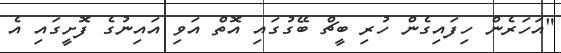
"އަހަރެން ހިފައިގެން ހުރި ބީޗް ބޭގުގައި އޮތް އަވި އައިނުގެ ފޮށީގައި އެ